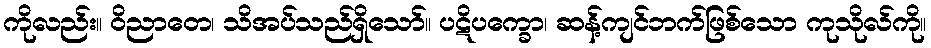
ကိုလည်း။ ဝိညာတေ၊ သိအပ်သည်ရှိသော်။ ပဋိပက္ခော၊ ဆန့်ကျင်ဘက်ဖြစ်သော ကုသိုလ်ကို။